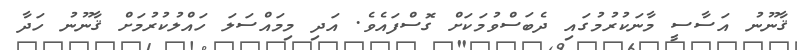
ޤާނޫނު އަސާސީ މާނަކުރުމުގައި ދެބަސްވުމަކަށް ގޮސްފައެވެ. އަދި މިމައްސަލަ ހައްލުކުރުމަށް ޤާނޫނު ހަދާ